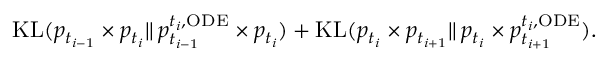
\begin{array} { r } { \mathrm { K L } ( p _ { t _ { i - 1 } } \times p _ { t _ { i } } | | \, p _ { t _ { i - 1 } } ^ { t _ { i } , \mathrm { O D E } } \times p _ { t _ { i } } ) + \mathrm { K L } ( p _ { t _ { i } } \times p _ { t _ { i + 1 } } | | \, p _ { t _ { i } } \times p _ { t _ { i + 1 } } ^ { t _ { i } , \mathrm { O D E } } ) . } \end{array}